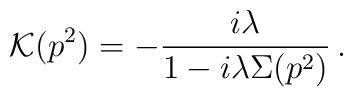
{\cal K}(p^2) = - \frac{i\lambda}{1 - i\lambda\Sigma(p^2)}\,.